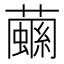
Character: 𧁧